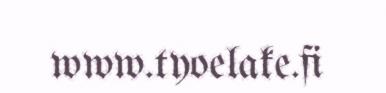
www.tyoelake.fi